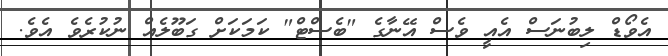
އެވޯޑް ލިބުނަސް އެއީ ވެސް އޭނާގެ "ބެސްޓް" ކަމަކަށް ގަބޫލެއް ނުކުރެވެ އެވެ.